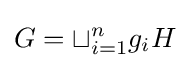
G=\sqcup _{i=1}^{n}g_{i}H